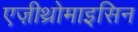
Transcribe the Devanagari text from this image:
एज़ीथ्रोमाइसिन